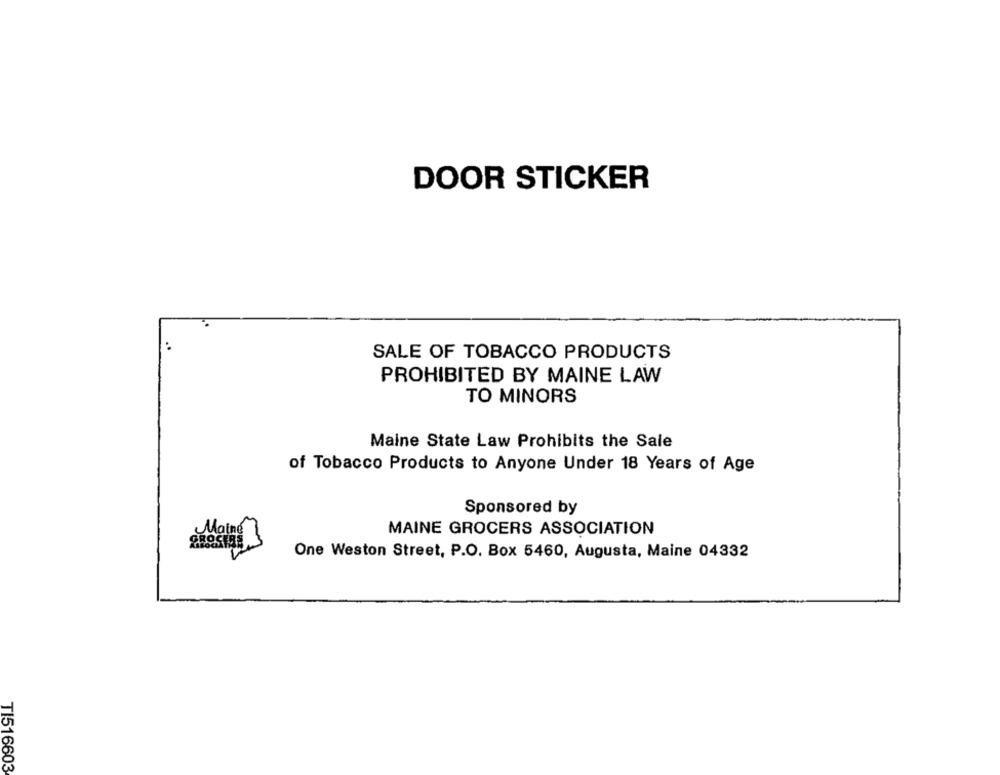
DOOR STICKER
SALE OF TOBACCO PRODUCTS
PROHIBITED BY MAINE LAW
TO MINORS
Maine State Law Prohibits the Sale
of Tobacco Products to Anyone Under 18 Years of Age
Sponsored by
Maine?
MAINE GROCERS ASSOCIATION
OROSIRE
One Weston Street, P.O. Box 5460, Augusta, Maine 04332
TI516603